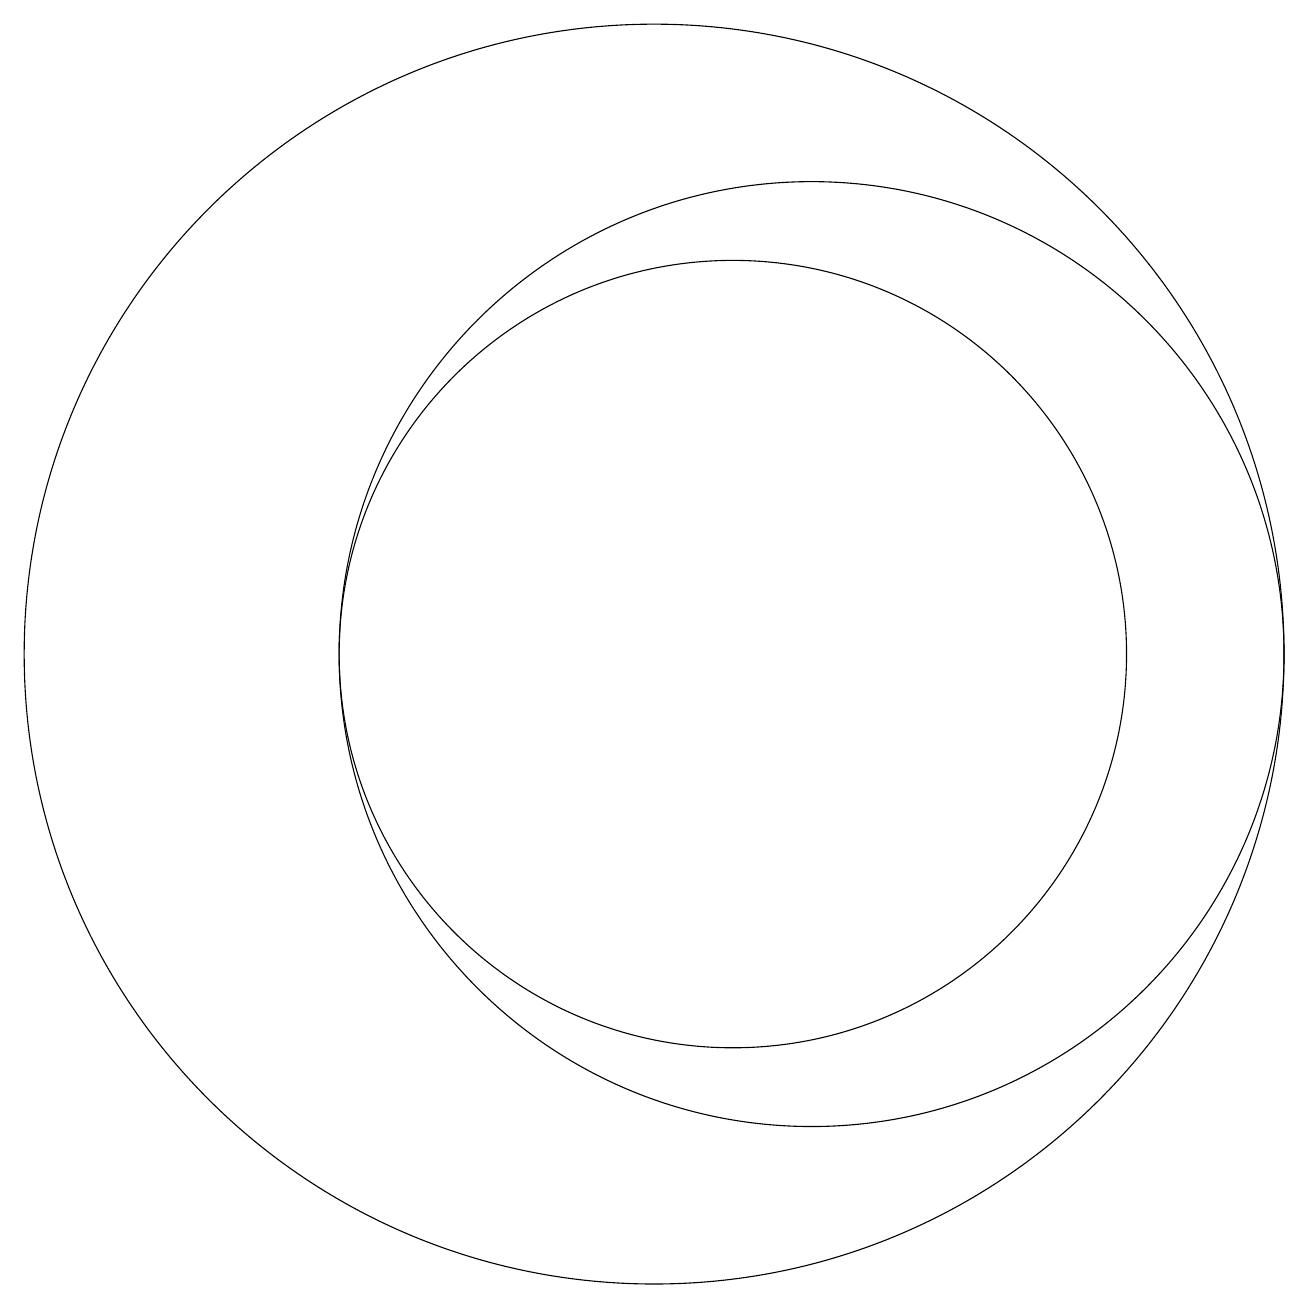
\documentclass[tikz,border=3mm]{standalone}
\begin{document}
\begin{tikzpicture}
\draw (10,11) circle (8);
\draw (11,11) circle (5);
\draw (12,11) circle (6);
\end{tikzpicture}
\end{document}